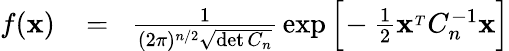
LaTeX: \begin{array}{rlr}{f({\mathbf x})}&{{}\! =\! }&{{\frac{1}{(2\pi)^{n/2}\sqrt{\operatorname*{det}C_{n}}}}\exp\Big[\! -{\frac{1}{2}}{\mathbf x}^{_T}C_{n}^{-1}{\mathbf x}\Big]}\end{array}